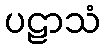
ပဠာသံ